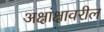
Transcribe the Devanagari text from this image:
अक्षांक्षावरील